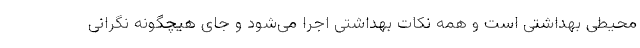
محیطی بهداشتی است و همه نکات بهداشتی اجرا می‌شود و جای هیچگونه نگرانی